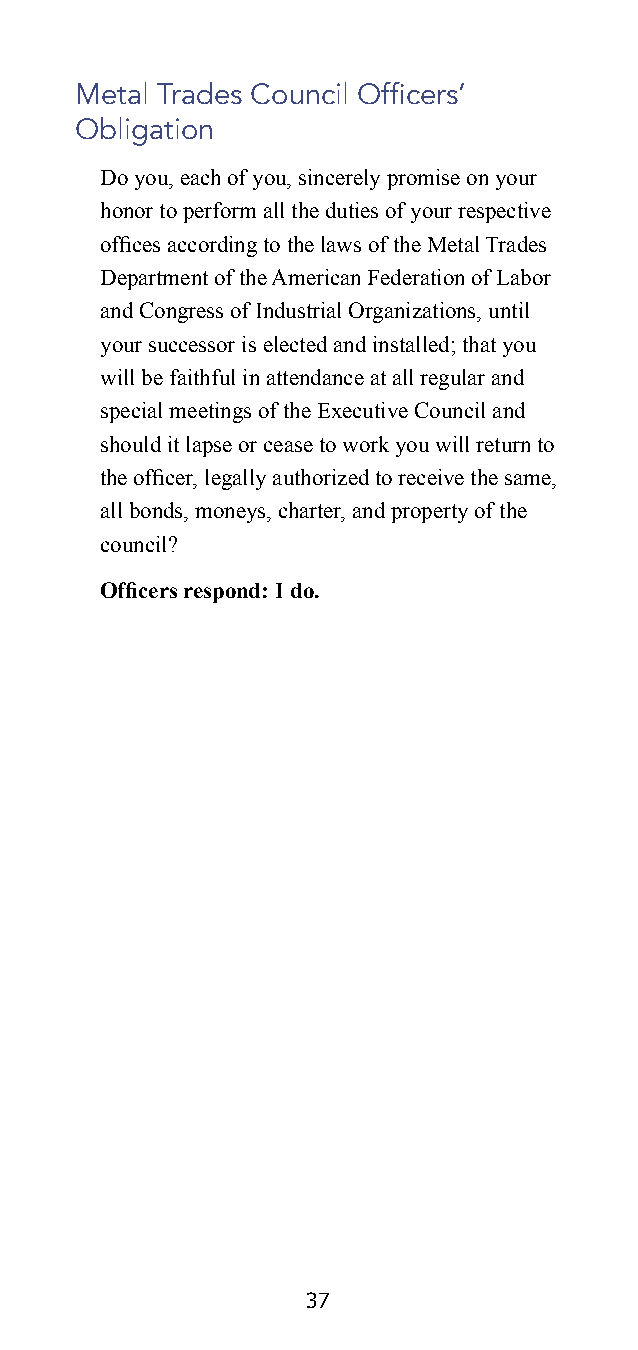
Metal Trades Council Officers’
 Obligation
 Do you, each of you, sincerely promise on your
 honor to perform all the duties of your respective
 offices according to the laws of the Metal Trades
 Department of the American Federation of Labor
 and Congress of Industrial Organizations, until
 your successor is elected and installed; that you
 will be faithful in attendance at all regular and
 special meetings of the Executive Council and
 should it lapse or cease to work you will return to
 the officer, legally authorized to receive the same,
 all bonds, moneys, charter, and property of the
 council?
 Officers respond: I do.
 37